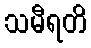
သမီရတိ